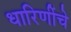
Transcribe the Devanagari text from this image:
धारिणींचे